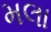
મલા